Investigations into the jail dietaries of the United Provinces with some observations on the influence of dietary on the physical development and well-being of the people of the United Provinces - Number 48
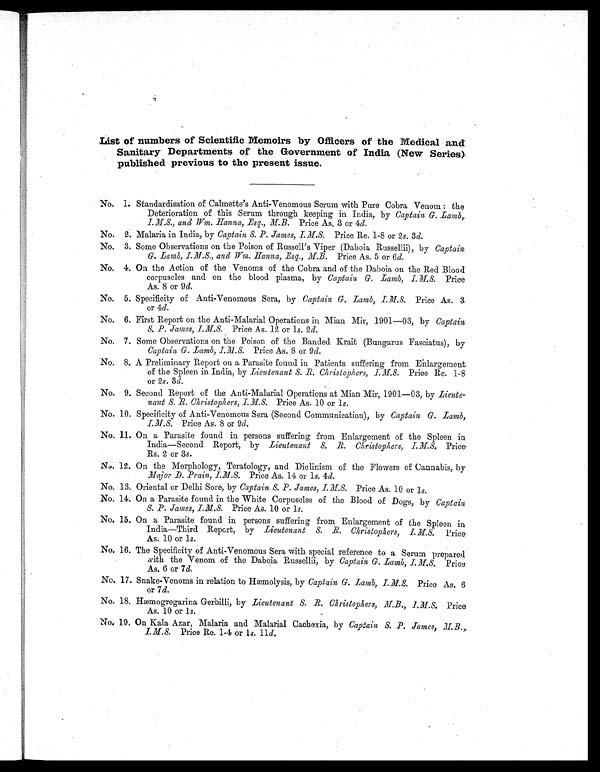
List of numbers of Scientific Memoirs by Officers of the Medical and
Sanitary Departments of the Government of India (New Series)
published previous to the present issue.
No. 1. Standardisation of Calmette's Anti-Venomous Serum with Pure Cobra Venom. : the
Deterioration of this Serum through keeping in India, by Captain G. Lamb,.
I.M.S, and Wm. Hanna, .Esq., M.B. Price As. 3 or 4d.
No. 2. Malaria in India, by Captain S. P. James, I.M.S. Price Re. 1-8 or 2 s. 3d.
No. 3. Some Observations on the Poison of Russell's Viper (Daboia Russellii), by Captain
G. Lamb, I.M.S., and Wm. Hanna, Esq., M.B. Price As. 5 or 6 d.
No. 4. On the Action of the Venoms of the Cobra and of the Daboia on the Red Blood
corpuscles and on the blood plasma, by Captain G. Lamb, I.M.S. Price
As. 8 or 9 d.
No. 5. Specificity of Anti-Venomous Sera, by Captain G. Lamb, I.M.S. Price As. 3.
or 4d.
No. 6. First Report on the Anti-Malarial Operations in Mian Mir, 1901—03, by Captain
S. P. James, I.M.S. Price As. 12 or 1s. 2 d.
No. 7. Some Observations on the Poison of the Banded Krait (Bungarus Fasciatus), by
Captain G. Lamb, I.M.S. Price As. 8 or 9 d.
No. 8. A Preliminary Report on a Parasite found in Patients suffering from Enlargement
of the Spleen in India, by Lieutenant S. R. Christophers, I.M.S. Price Re. 1-8
or 2s. 3 d.
No. 9. Second Report of the Anti-Malarial Operations at Mian Mir, 1901—03, by Lieute-
nant S. R. Christophers, I.M.S. Price As. 10 or 1s.
No. 10. Specificity of Anti-Venomous Sera (Second Communication), by Captain G. Lamb,
I.M.S. Price As. 8 or 9 d.
No. 11. On a Parasite found in persons suffering from Enlargement of the Spleen in
India—Second Report, by Lieutenant S. R. Christophers, I.M S. Price-
Rs. 2 or 3 s.
No. 12. On the Morphology, Teratology, and Diclinism of the Flowers of Cannabis, by
Major D. Prain, I..M.S. Price As. 14 or 1s. 4d.
No. 13. Oriental or Delhi Sore, by Captain S. P. James, I. M.S. Price As. 10 or 1 s.
No. 14. On a Parasite found in the White Corpuscles of the Blood of Dogs, by Captain
S. P. James, I.M.S. Price As. 10 or 1 s.
No. 15. On a Parasite found in persons suffering from Enlargement of the Spleen in
India—Third Report, by Lieutenant S, R. Christophers, I.M.S. Price.
As. 10 or 1 s.
No. 16. The Specificity of Anti-Venomous Sera with special reference to a Serum prepared
with the Venom of the Daboia Russellii by Captain G. Lamb, I.M.S. Price
As. 6 or 7 d.
No. 17. Snake-Venoms in relation to Hæmolysis, by Captain G. Lamb, I. M.S. Price As. 6
or 7 d.
No. 18. Hæmogregarina Gerbilli, by Lieutenant S. R. Christophers, M.B., I.M.S. Price
As. 10 or 1 s.
No. 19. On Kala Azar, Malaria and Malarial Cachexia, by Captain S. P. James, M.B.,
I.M.S Price Re. 1-4 or 1s. 11d.